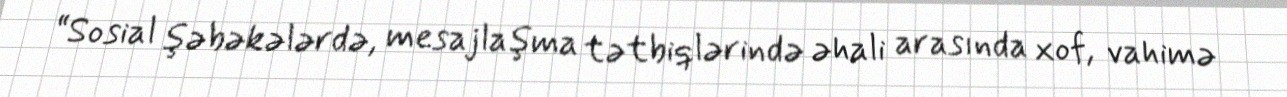
“Sosial şəbəkələrdə, mesajlaşma tətbiqlərində əhali arasında xof, vahimə